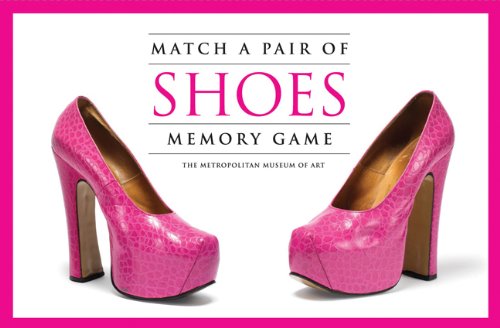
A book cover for Match a Pair of Shoes Memory Game; Self-Help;